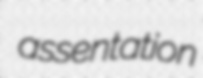
assentation